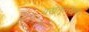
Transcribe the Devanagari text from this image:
पख़तूनख़्वा